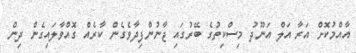
އާއްމުކޮށް އަރާ އަލް އަނޫދު މިސްކިތުގެ ބޭރުގައި ޖާނުންފިދާވެގެން ކާރެއް ގޮއްވާލައިގެން ދިން